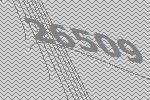
26509